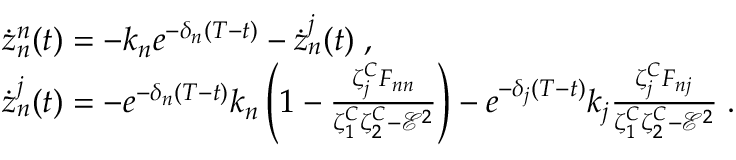
\begin{array} { r l } & { \dot { z } _ { n } ^ { n } ( t ) = - k _ { n } e ^ { - \delta _ { n } ( T - t ) } - \dot { z } _ { n } ^ { j } ( t ) \; , } \\ & { \dot { z } _ { n } ^ { j } ( t ) = - e ^ { - \delta _ { n } ( T - t ) } k _ { n } \left( 1 - \frac { \zeta _ { j } ^ { C } F _ { n n } } { \zeta _ { 1 } ^ { C } \zeta _ { 2 } ^ { C } - \mathcal { E } ^ { 2 } } \right) - e ^ { - \delta _ { j } ( T - t ) } k _ { j } \frac { \zeta _ { j } ^ { C } F _ { n j } } { \zeta _ { 1 } ^ { C } \zeta _ { 2 } ^ { C } - \mathcal { E } ^ { 2 } } \; . } \end{array}